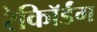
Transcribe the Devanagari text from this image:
रेकॉिर्डंग